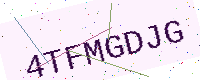
Text: 4TFMGDJG